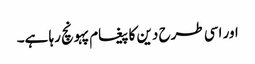
اور اسی طرح دین کا پیغام پہونچ رہا ہے۔